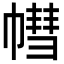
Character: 𢄣